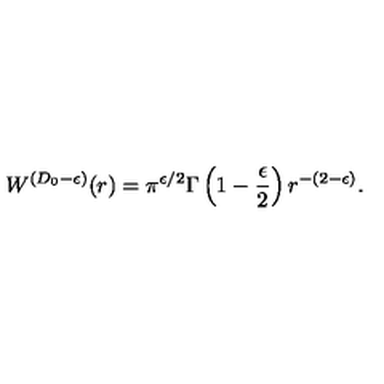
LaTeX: W ^ { ( { D _ { 0 } } - \epsilon ) } ( r ) = \pi ^ { \epsilon / 2 } \Gamma \left( 1 - \frac { \epsilon } { 2 } \right) r ^ { - ( 2 - \epsilon ) } .